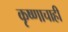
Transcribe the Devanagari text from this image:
कृष्णाचाही